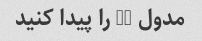
مدول 3- را پیدا کنید